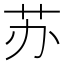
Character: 苏